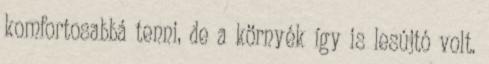
komfortosabbá tenni, de a környék így is lesújtó volt.